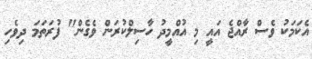
އެކަމަކު ވެސް ރާއްޖެ އައީ މި އުއްމީދު ހާސިލްކުރަން ވެގެން" ފުރަތަމަ ދިވެހި